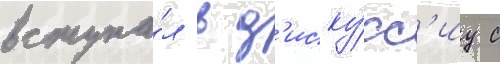
вступа́л в д'иску́сс'иу с